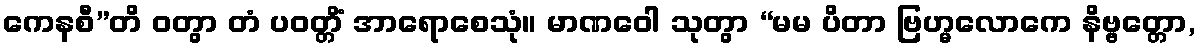
ကေနစီ”တိ ဝတွာ တံ ပဝတ္တိံ အာရောစေသုံ။ မာဏဝေါ သုတွာ “မမ ပိတာ ဗြဟ္မလောကေ နိဗ္ဗတ္တော,